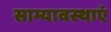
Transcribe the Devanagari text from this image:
साम्यावस्थाएं